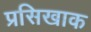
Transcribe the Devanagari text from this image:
प्रसिखाक